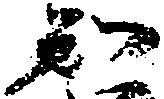
知